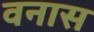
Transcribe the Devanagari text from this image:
वनास